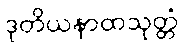
ဒုတိယနာထသုတ္တံ